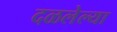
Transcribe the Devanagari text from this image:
दळलेल्या